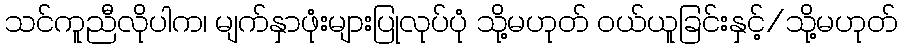
သင်ကူညီလိုပါက၊ မျက်နှာဖုံးများပြုလုပ်ပုံ သို့မဟုတ် ဝယ်ယူခြင်းနှင့်/သို့မဟုတ်